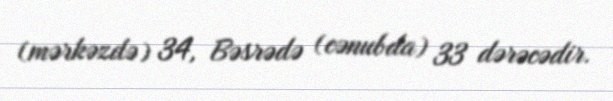
(mərkəzdə) 34, Bəsrədə (cənubda) 33 dərəcədir.